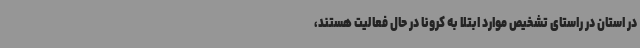
در استان در راستای تشخیص موارد ابتلا به کرونا در حال فعالیت هستند،